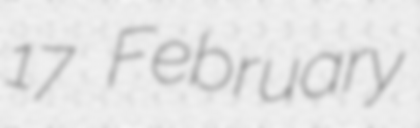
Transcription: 17 February